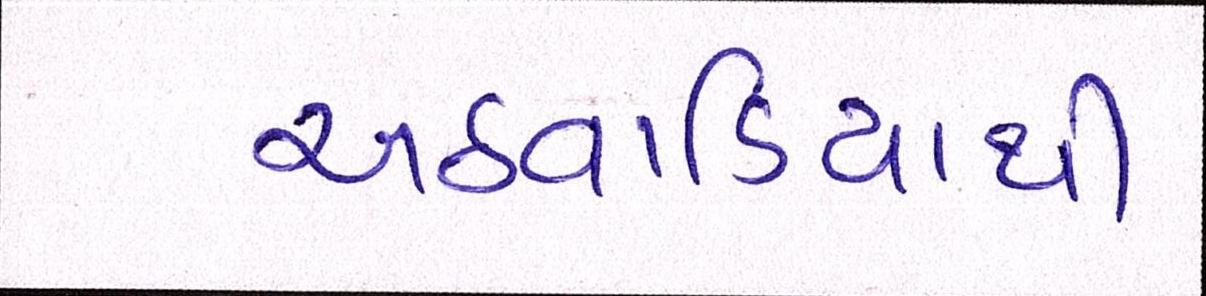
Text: અઠવાડિયાથી